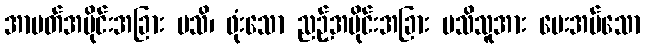
အာပတ်အပိုင်းအခြား မသိ၊ ဖုံးသော ညဉ့်အပိုင်းအခြား မသိသူအား ပေးအပ်သော